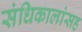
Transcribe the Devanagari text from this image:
संधिकालांसह